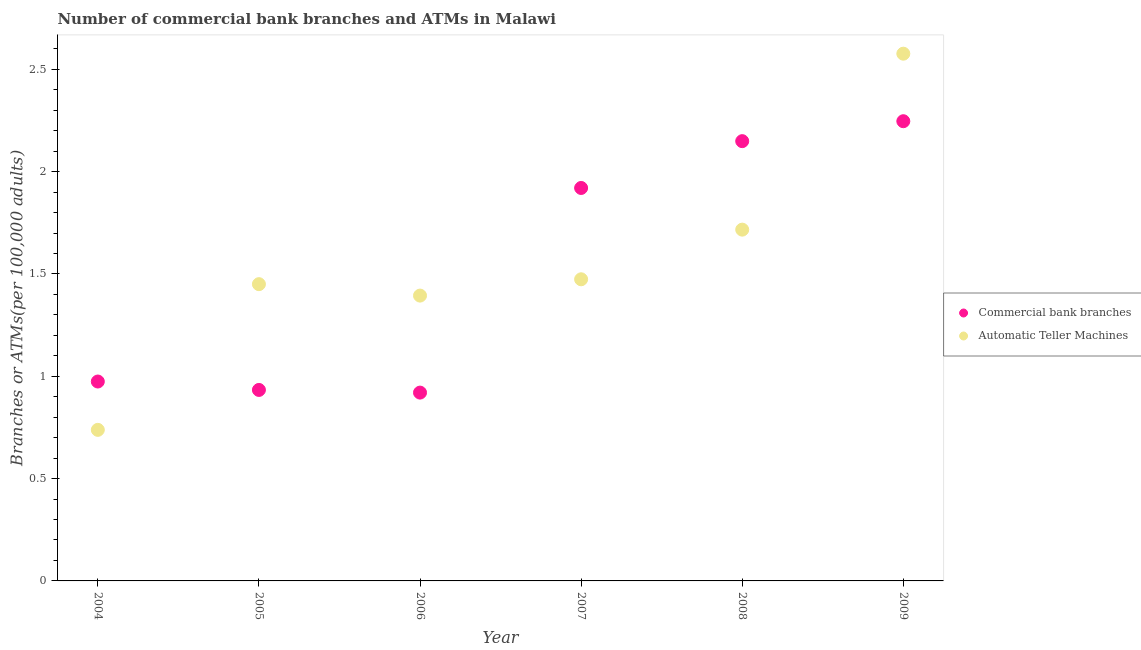
| Year | Commercial bank branches | Automatic Teller Machines |
 | --- | --- | --- |
 | 2004 | 0.974 | 0.738 |
 | 2005 | 0.933 | 1.45 |
 | 2006 | 0.92 | 1.39 |
 | 2007 | 1.92 | 1.47 |
 | 2008 | 2.15 | 1.72 |
 | 2009 | 2.25 | 2.58 |